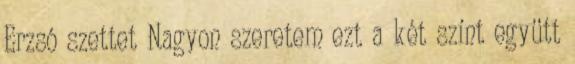
Erzsó szettet Nagyon szeretem ezt a két színt együtt